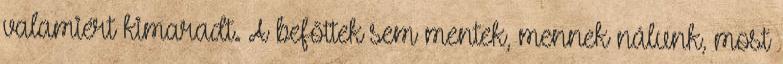
valamiért kimaradt. A befőttek sem mentek, mennek nálunk, most